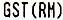
GST(RM)